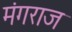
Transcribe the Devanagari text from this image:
मंगराज